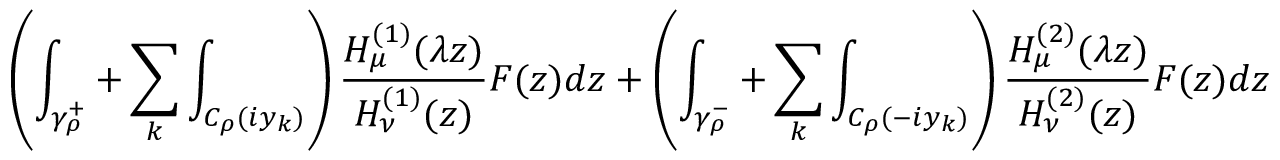
\left( \int _ { \gamma _ { \rho } ^ { + } } + \sum _ { k } \int _ { C _ { \rho } ( i y _ { k } ) } \right) \frac { H _ { \mu } ^ { ( 1 ) } ( \lambda z ) } { H _ { \nu } ^ { ( 1 ) } ( z ) } F ( z ) d z + \left( \int _ { \gamma _ { \rho } ^ { - } } + \sum _ { k } \int _ { C _ { \rho } ( - i y _ { k } ) } \right) \frac { H _ { \mu } ^ { ( 2 ) } ( \lambda z ) } { H _ { \nu } ^ { ( 2 ) } ( z ) } F ( z ) d z